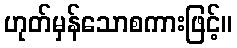
ဟုတ်မှန်သောစကားဖြင့်။